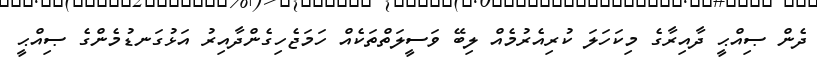
ދެން ޞިއްޙީ ދާއިރާގެ މިކަހަލަ ކުރިއެރުމެއް ލިބޭ ވަސީލަތްތަކެއް ހަމަޖެހިގެންދާއިރު އަޅުގަނޑުމެންގެ ޞިއްޙީ